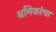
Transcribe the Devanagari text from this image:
श्रमिकांचा